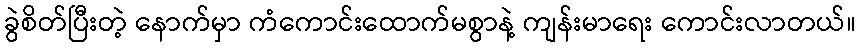
ခွဲစိတ်ပြီးတဲ့ နောက်မှာ ကံကောင်းထောက်မစွာနဲ့ ကျန်းမာရေး ကောင်းလာတယ်။